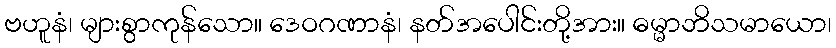
ဗဟူနံ၊ များစွာကုန်သော။ ဒေဝဂဏာနံ၊ နတ်အပေါင်းတို့အား။ ဓမ္မာဘိသမာယော၊